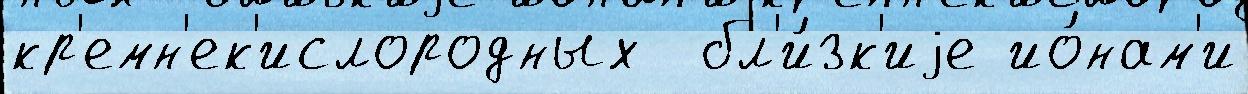
кр'емн'ек'ислородных  бл'и́зк'иjе ио́нам'и